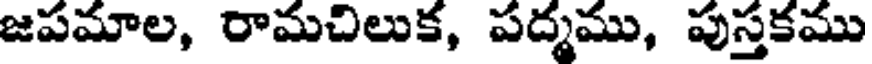
జపమాల, రామచిలుక, పద్మము, పుస్తకము